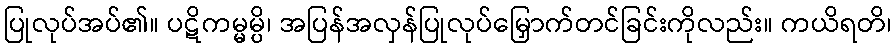
ပြုလုပ်အပ်၏။ ပဋိကမ္မမ္ပိ၊ အပြန်အလှန်ပြုလုပ်မြှောက်တင်ခြင်းကိုလည်း။ ကယိရတိ၊